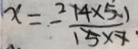
x = - \frac { 2 1 4 \times 5 } { 1 5 \times 7 }